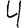
Digit: 4